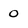
Character: 0